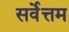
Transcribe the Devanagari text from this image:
सर्वेत्तम